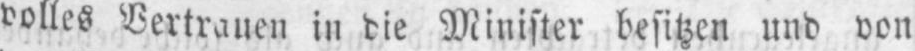
volles Vertrauen in die Minister besitzen und von